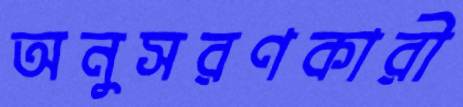
অনুসরণকারী